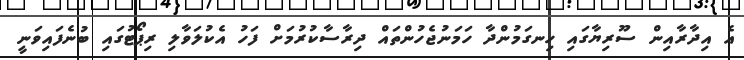
އެ އިދާރާއިން ސޫރިޔާގައި ހިނގަމުންދާ ހަމަނުޖެހުންތައް ދިރާސާކުރުމަށް ފަހު އެކުލަވާލި ރިޕޯޓުގައި ބުނެފައިވަނީ